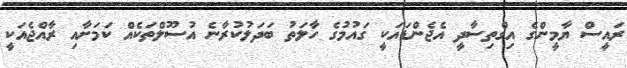
ރައީސް ޔާމީންގެ އިގްތިސާދީ އެޖެންޑައަކީ ގައުމުގެ ހާލަތު ބަދަލުކުރާނެ އުސޫލްތަކެއް ކަމަށާއި ރާއްޖެއަކީ